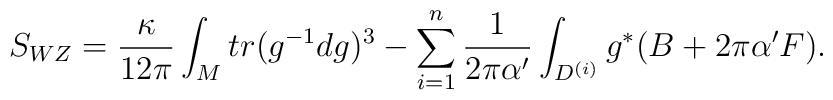
S_{WZ} = \frac{\kappa}{12\pi}\int_{M} 	tr(g^{-1}d g)^{3} - \sum_{i=1}^n\frac{1}{2\pi\alpha'}\int_{D^{(i)}}	g^* (B + 2 \pi\alpha'F).